NAE_ERA_R-2324_Eesti_Vabariigi_Pohiseaduslik_Assamblee, lk 181
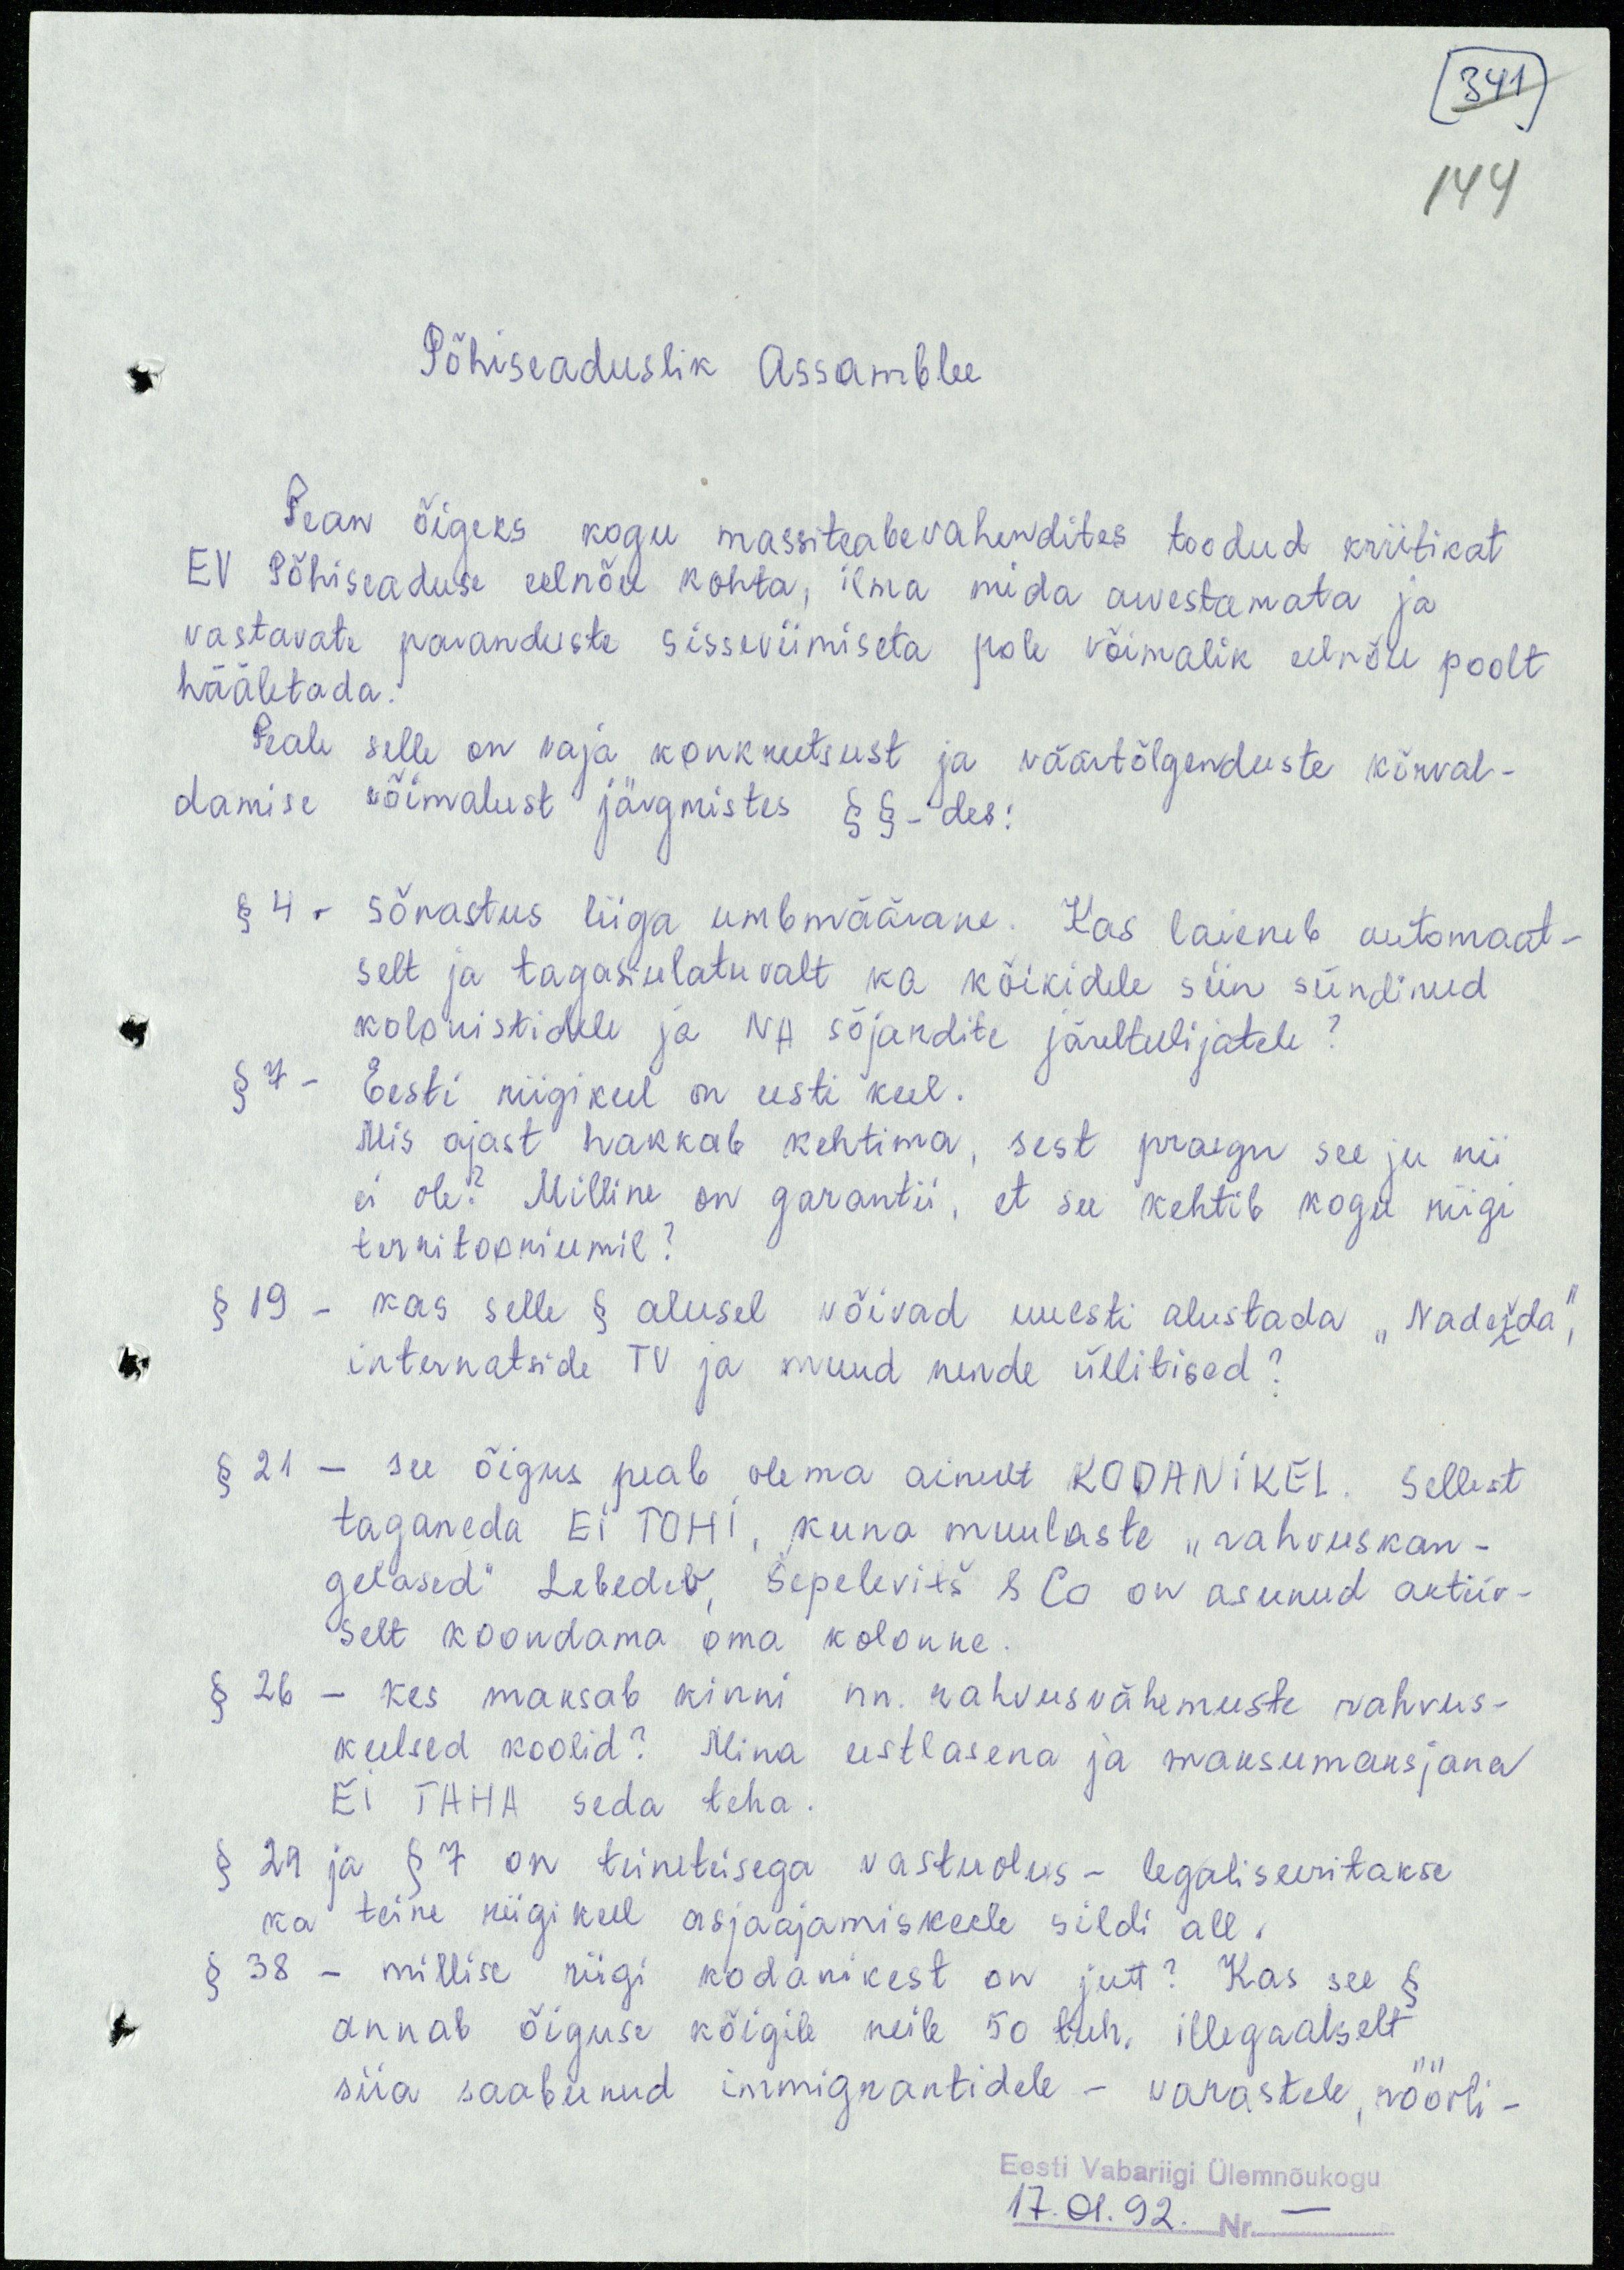
(341)
144
Põhiseaduslik Assamblee
Pean õigeks kogu massiteabevahendites toodud kriitikat
EV Põhiseaduse eelnõu kohta, ilma mida arvestamata ja
vastavate paranduste sisseviimiseta pole võimalik eelnõu poolt
hääletada.
Peale selle on vaja konkreetsust ja väärtõlgenduste kõrval-
damise võimalust järgmistes §§-des:
§ 4 - sõnastus liiga umbmäärane. Kas laieneb automaat-
selt ja tagasiulatuvalt ka kõikidele siin sündinud
kolonistidele ja NA sõjardite järeltulijatele?
§ 7- Eesti riigikeel on eesti keel.
Mis ajast hakkab kehtima, sest praegu see ju nii
ei ole? Milline on garantii, et see kehtib kogu riigi
territooriumil?
§ 19 - kas selle § alusel võivad uuesti alustada "Nadežda",
internatside TV ja muud nende üllitised?
§ 21 - see õigus peab olema ainult KODANIKEL. Sellest
taganeda EI TOHI, kuna muulaste "rahvuskan-
gelased" Lebedev, Šepelevitš & Co on asunud aktiiv-
selt koondama oma kolonne.
§ 26 - kes maksab kinni nn. rahvusvähemuste rahvus-
keelsed koolid? Mina eestlasena ja maksumaksjana
EI TAHA seda teha.
§ 29 ja § 7 on teineteisega vastuolus - legaliseeritakse
ka teine riigikeel asjaajamiskeele sildi all.
§ 38 - millise riigi kodanikest on jutt? Kas see §
annab õiguse kõigile neile 50 tuh. illegaalselt
siia saabunud immigrantidele - varastele, röövli-
Eesti Vabariigi Ülemnõukogu
17.01.92. Nr. -